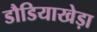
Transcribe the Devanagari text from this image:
डौडियाखेड़ा